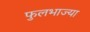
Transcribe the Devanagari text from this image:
फुलभाज्या